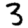
Digit: 3